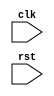
module my_module (
    input wire clk,
    input wire rst
);

reg [7:0] data_reg;

always @(posedge clk, negedge rst) begin
    if (~rst) begin
        data_reg <= 8'h00; // synchronous reset
    end else begin
        // sequential logic
        data_reg <= data_reg + 1;
    end
end

endmodule